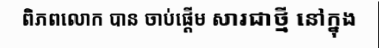
ពិភពលោក បាន ចាប់ផ្តើម សារជាថ្មី នៅក្នុង